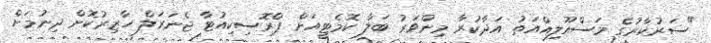
"ސަރުކާރުގެ މަސްއޫލިއްއަތު އަދާކުރާ މިންވަރު ބަލާ ކޮމެޓީއަށް ޕްރޮސިކިއުޓާ ޖެނަރަލް ހާޒިރުކޮށް ދިނުމަށް